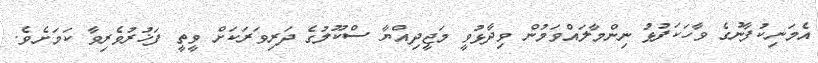
އެމަނިކުފާނުގެ ވާހަކަފުޅު ނިންމާލައްވަމުން ވިދާޅުވީ މަޖީދިއްޔާ ސްކޫލުގެ ދަރިވަރަކަށް ވީތީ ފަޚުރުވެރިވާ ކަމަށެވެ.